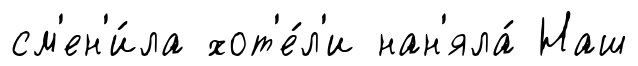
см'ен'и́ла хот'е́л'и нан'яла́ Наш